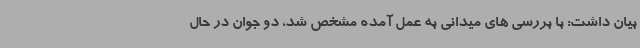
بیان داشت: با بررسی های میدانی به عمل آمده مشخص شد، دو جوان در حال